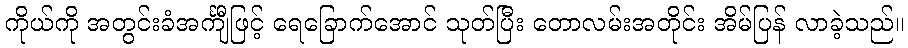
ကိုယ်ကို အတွင်းခံအင်္ကျီဖြင့် ရေခြောက်အောင် သုတ်ပြီး တောလမ်းအတိုင်း အိမ်ပြန် လာခဲ့သည်။